Annual report of the Punjab Veterinary College and of the Civil Veterinary Department, Punjab - 1894-1908
Year: 1894
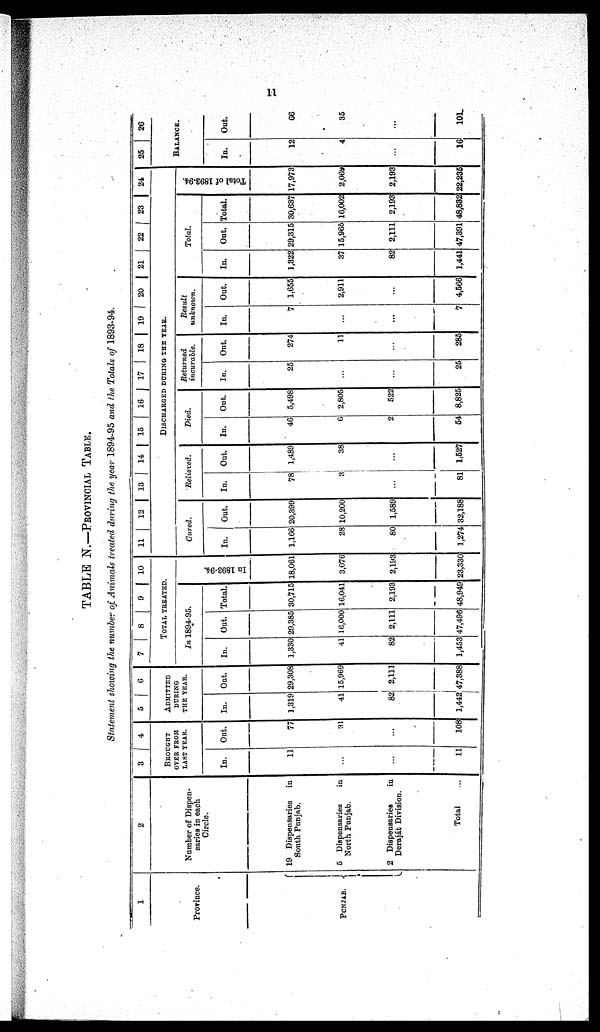
11
TABLE N.—PROVINCIAL TABLE
Statement showing the number of Animals treated during the year 1894-95 and the Totals of 1893-94.
1
Province.
PUNJAB.
2
Number of Dispen-
saries in each
Circle.
19 Dispensaries
in
South Punjab.
5 Dispensaries
in
North Punjab.
2 Dispensaries
in
Deraját Division.
Total ...
3 4
BROUGHT
OVER FROM
LAST YEAR.
In.
11
...
...
11
Out.
77
31
...
108
5
6
ADMITTED
DURING
THE YEAR.
In.
1,319
41
82
1,442
Out.
29,308
15,969
2,111
47,388
7
8
9
10
TOTAL TREATED.
In 1894-95.
In.
1,330
41
82
1,453
Out.
29,385
16,000
2,111
47,496
Total.
30,715
16,041
2,193
48,949
In 1893-94.
18,061
3,076
2,193
23,330
11
12 13
14
15
16
17
18 | 19
20
21
22
23
24
DISCHARGED
DURING
THE
YEAR.
Cured.
In.
1,166
28
80
1,274
Out.
20,399
10,200
1,589
32,188
Relieved.
In.
78
3
...
81
Out.
1,489
38
...
1,527
Died.
In.
46
6
2
54
Out.
5,498
2,805
522
8,825
Returned
incurable.
In.
25
...
...
25
Out.
274
11
...
285
Result
unknown.
In.
7
...
...
7
Out.
1.655
2,911
...
4,566
Total.
In.
1,322
37
82
1,441
Out.
29,315
15,965
2,111
47,391
Total.
30,637
16,002
2,193
48,832
Total of 1893-94.
17,973
2,069
2,193
22,235
25
26
BALANCE.
In.
12
4
...
16
Out.
66
35
...
101